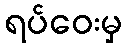
ရပ်ဝေးမှ